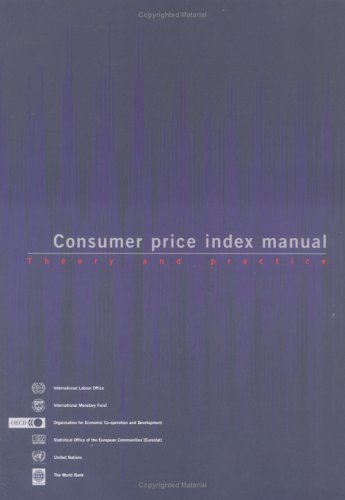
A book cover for Consumer Price Index Manual: Theory and Practice; International Labor Office; Business & Money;